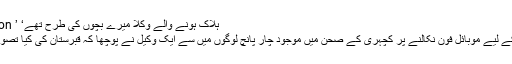
Image caption ’ ہلاک ہونے والے وکلا میرے بچوں کی طرح تھے‘
تصویریں لینے کے لیے موبائل فون نکالنے پر کچہری کے صحن میں موجود چار پانچ لوگوں میں سے ایک وکیل نے پوچھا کہ قبرستان کی کیا تصویریں بنا رہے ہو۔